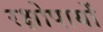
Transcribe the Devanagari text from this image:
रक्षोपायों